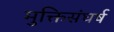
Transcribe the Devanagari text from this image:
मुक्तिसंघर्ष